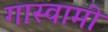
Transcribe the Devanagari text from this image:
गास्वामी